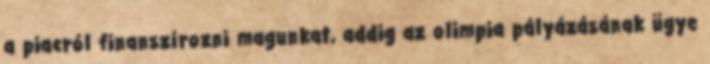
a piacról finanszírozni magunkat, addig az olimpia pályázásának ügye